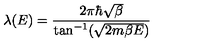
\lambda ( E ) = \frac { 2 \pi \hbar \sqrt { \beta } } { \tan ^ { - 1 } ( \sqrt { 2 m \beta E } ) }